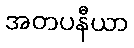
အတပနီယာ